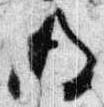
後